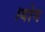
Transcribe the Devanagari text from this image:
।योग